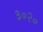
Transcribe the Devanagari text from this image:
३०२०